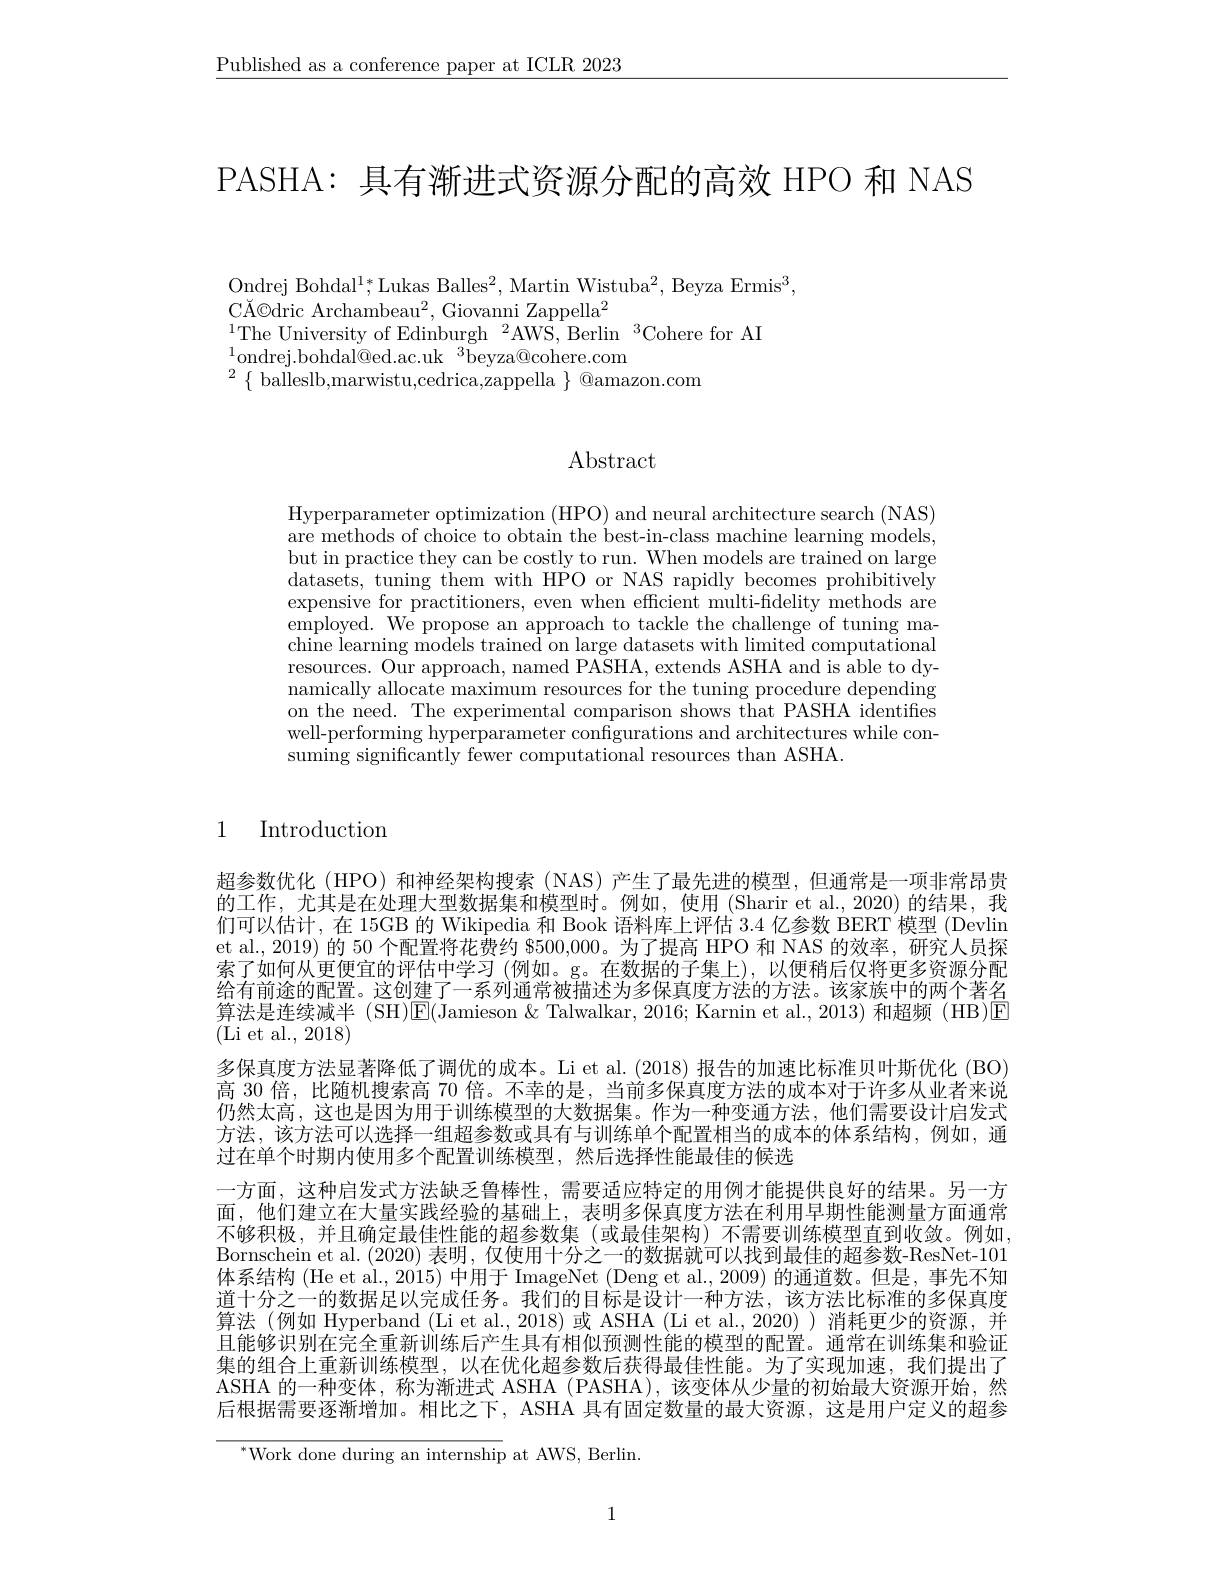
$\underline{\text{Published as a conference paper at ICLR 2023}}$

PASHA: 具有渐进式资源分配的高效 HPO 和 NAS

Ondrej Bohdal$^1;^*$Lukas Balles$^2$,Martin Wistuba$^2$, Beyza Ermis$^3$,
CĂ©dric Archambeau$^2$,Giovanni Zappella$^2$
$^{1}$The University of Edinburgh$^2$AWS, Berlin$^3$Cohere for AI
$^{1}$ondrej.bohdal@ed.ac.uk$^3$beyza@cohere.com
$^{2}\{$balleslb,marwistu,cedrica,zappella$\}$@amazon.com

# Abstract

Hyperparameter optimization (HPO) and neural architecture search (NAS) are methods of choice to obtain the best-in-class machine learning models, but in practice they can be costly to run. When models are trained on large datasets, tuning them with HPO or NAS rapidly becomes prohibitively expensive for practitioners, even when efficient multi-fdelity methods are employed. We propose an approach to tackle the challenge of tuning machine learning models trained on large datasets with limited computational resources. Our approach, named PASHA, extends ASHA and is able to dynamically allocate maximum resources for the tuning procedure depending on the need. The experimental comparison shows that PASHA identifies well-performing hyperparameter configurations and architectures while consuming significantly fewer computational resources than ASHA.

## 1 Introduction

超参数优化 (HPO) 和神经架构搜索 (NAS)产生了最先进的模型，但通常是一项非常昂贵的工作，尤其是在处理大型数据集和模型时。例如，使用 (Sharir et al.,2020) 的结果，我们可以估计，在 15GB 的 Wikipedia 和 Book 语料库上评估3.4亿参数 BERT 模型 (Devlin et al., 2019) 的 50 个配置将花费约 8500,000。为了提高 HPO 和 NAS 的效率，研究人员探索了如何从更便宜的评估中学习(例如。g。在数据的子集上),以便稍后仅将更多资源分配给有前途的配置。这创建了一系列通常被描述为多保真度方法的方法。该家族中的两个著名算法是连续减半 (SH)E(Jamieson &Talwalkar, 2016; Karnin et al., 2013)和超频 (HB)▣ (Li et al., 2018)
多保真度方法显著降低了调优的成本。Li et al.(2018) 报告的加速比标准贝叶斯优化 (BO) 高 30 倍，比随机搜索高 70 倍。不幸的是，当前多保真度方法的成本对于许多从业者来说仍然太高，这也是因为用于训练模型的大数据集。作为一种变通方法，他们需要设计启发式方法，该方法可以选择一组超参数或具有与训练单个配置相当的成本的体系结构，例如，通过在单个时期内使用多个配置训练模型，然后选择性能最佳的候选
一方面，这种启发式方法缺乏鲁棒性，需要适应特定的用例才能提供良好的结果。另一方面，他们建立在大量实践经验的基础上，表明多保真度方法在利用早期性能测量方面通常不够积极，并且确定最佳性能的超参数集(或最佳架构)不需要训练模型直到收敛。例如， Bornschein et al. (2020)表明，仅使用十分之一的数据就可以找到最佳的超参数-ResNet-101体系结构 (He et al., 2015) 中用于 ImageNet (Deng et al., 2009) 的通道数。但是，事先不知道十分之一的数据足以完成任务。我们的目标是设计一种方法，该方法比标准的多保真度算法(例如 Hyperband (Li et al., 2018)或 ASHA (Li et al.,2020))消耗更少的资源，并且能够识别在完全重新训练后产生具有相似预测性能的模型的配置。通常在训练集和验证集的组合上重新训练模型，以在优化超参数后获得最佳性能。为了实现加速，我们提出了ASHA 的一种变体，称为渐进式 ASHA (PASHA),该变体从少量的初始最大资源开始，然后根据需要逐渐增加。相比之下，ASHA 具有固定数量的最大资源，这是用户定义的超参

$^{*}$Work done during an internship at AWS, Berlin.

1